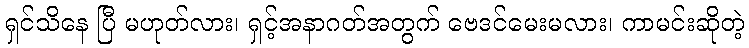
ရှင်သိနေ ပြီ မဟုတ်လား၊ ရှင့်အနာဂတ်အတွက် ဗေဒင်မေးမလား၊ ကာမင်းဆိုတဲ့